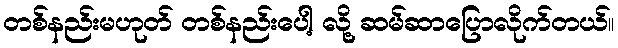
တစ်နည်းမဟုတ် တစ်နည်းပေါ့ လို့ ဆမ်ဆာပြောလိုက်တယ်။